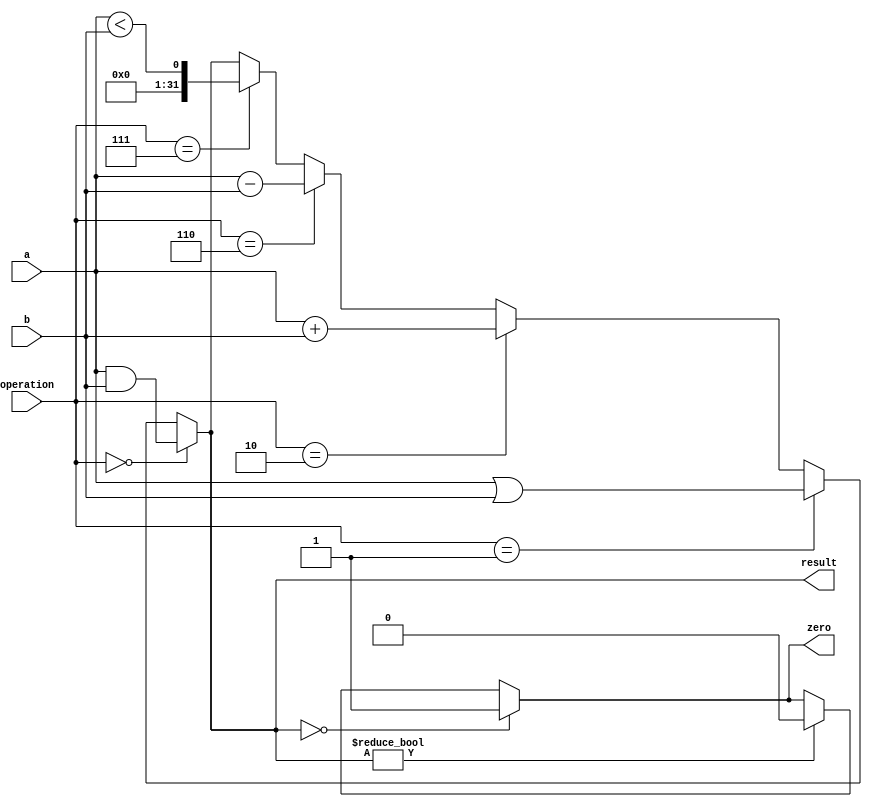
//////////////////////////////////////////////////////////////////////////////////
// Module Name:             alu.v
// Last Modification:       4/3/2016
// Description:             alu component located in execution stage
//////////////////////////////////////////////////////////////////////////////////

`timescale 1ns / 1ps

module alu(a, b, operation, result, zero
    );

    input           [31:0]      a;
    input           [31:0]      b;
    input           [2:0]       operation;
    
    output wire     [31:0]      result;
    output wire                 zero;
    
    
    localparam              AND = 3'b000;
    localparam              OR  = 3'b001;
    localparam              ADD = 3'b010;
    localparam              SUB = 3'b110;
    localparam              SLT = 3'b111;
    
    
    assign result = (operation == AND) ? a & b:
                    (operation == OR)  ? a | b:
                    (operation == ADD) ? a + b:
                    (operation == SUB) ? a - b:
                    (operation == SLT) ? a < b:
                    result;
                    
    assign zero =   (result == 32'd0)  ?  1'b1:
						  (result != 32'd0)  ?  1'b0:
                    zero;
    

endmodule